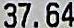
37.64